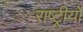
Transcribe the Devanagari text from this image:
राष्ट्रीयों